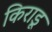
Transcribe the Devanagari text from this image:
किराडू